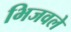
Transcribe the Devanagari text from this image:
भिजवले